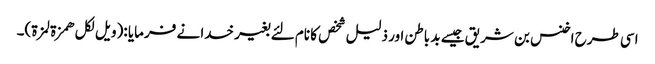
اسی طرح اخنس بن شریق جیسے بد باطن اور ذلیل شخص کا نام لئے بغیر خدا نے فرمایا :(ویل لکل ھمزة لمزة)۔